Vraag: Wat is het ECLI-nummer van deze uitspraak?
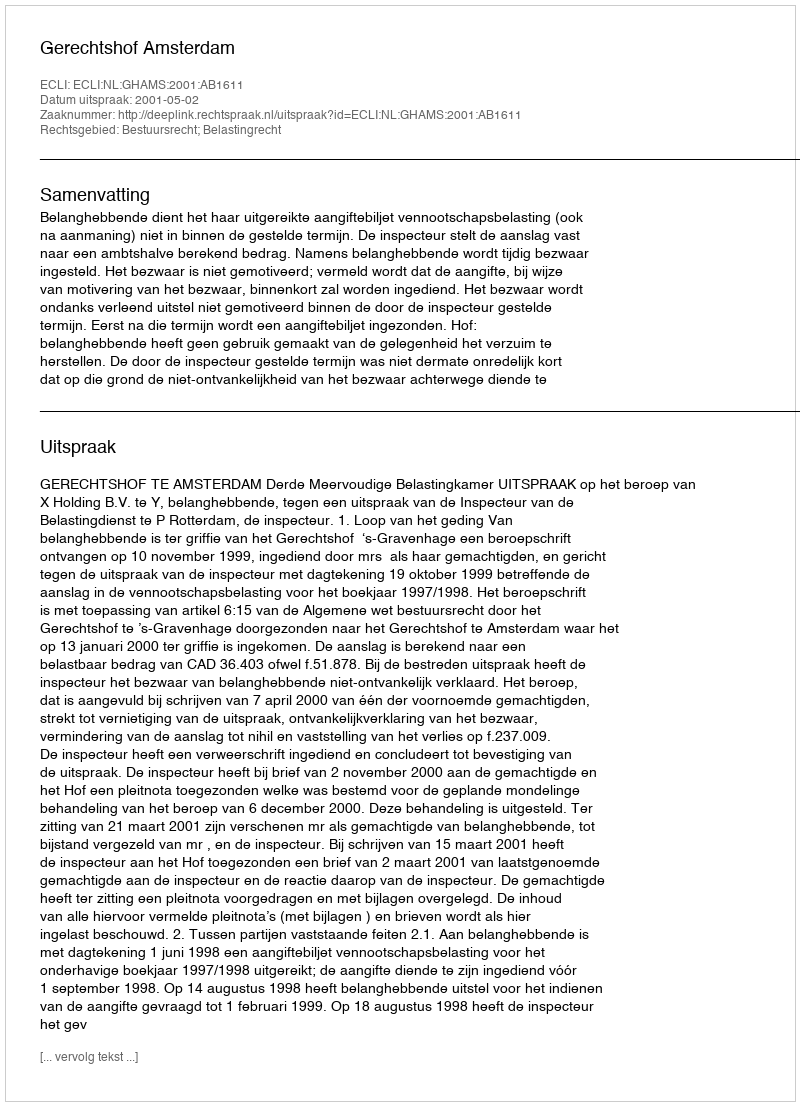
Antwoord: ECLI:NL:GHAMS:2001:AB1611